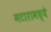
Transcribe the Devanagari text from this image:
मटारामध्ये